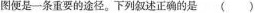
图便是一条重要的途径。下列叙述正确的是( )